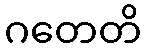
ဂတေတိ